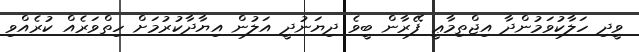
ވީދި ހަލާކުވަމުންދާ އިޖްތިމާޢީ ފޭރާން ބީވެ ދިޔަނުދީ އަލުން އިޔާދާކުރުމަށް ހިތްވަރެއް ކުރެއްވި